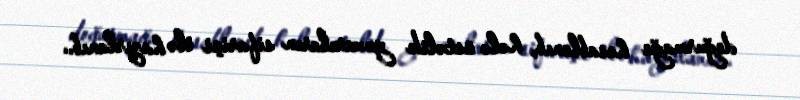
doğurmağa hesablanıb, hələ üstəlik yuxarıların sifarişi ilə hazırlanıb..